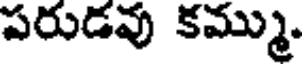
పరుడవు కమ్ము.